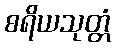
စရိယသုတ္တံ